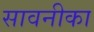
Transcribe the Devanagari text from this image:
सावनीका